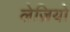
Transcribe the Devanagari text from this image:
लेज़ियो